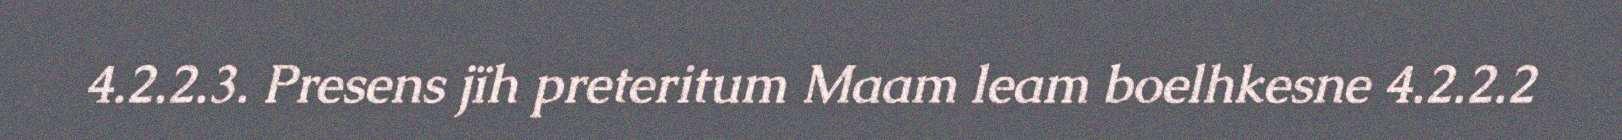
4.2.2.3. Presens jïh preteritum Maam leam boelhkesne 4.2.2.2